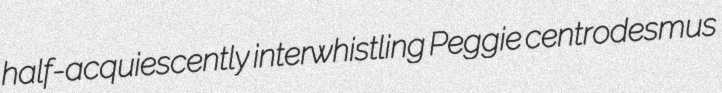
half-acquiescently interwhistling Peggie centrodesmus